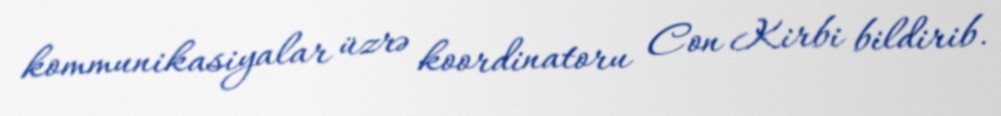
kommunikasiyalar üzrə koordinatoru Con Kirbi bildirib.